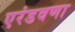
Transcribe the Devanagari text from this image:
एरंडवणा